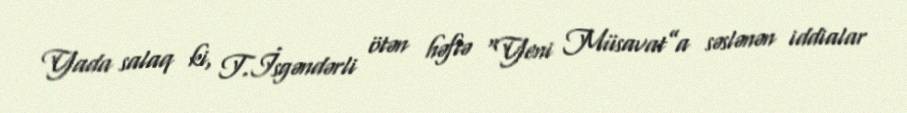
Yada salaq ki, T.İsgəndərli ötən həftə “Yeni Müsavat”a səslənən iddialar